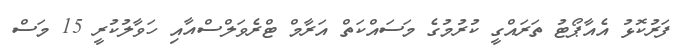
ފަރުކޮޅު އެއާޕޯޓު ތަރައްގީ ކުރުމުގެ މަސައްކަތް އަރާމް ޓްރެވަލްސްއާއި ހަވާލުކުރީ 15 މަސް